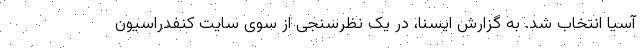
آسیا انتخاب شد. به گزارش ایسنا، در یک نظرسنجی از سوی سایت کنفدراسیون